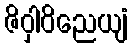
ဇိဝှါဝိညေယျံ